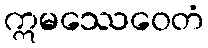
ဣမဿေဝေတံ